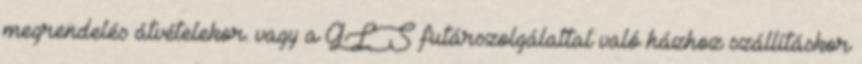
megrendelés átvételekor. vagy a GLS futárszolgálattal való házhoz szállításkor